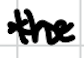
Text: the
Cross-out: wave
Writing tool: digital_black